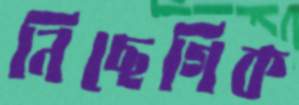
নিছেগিক